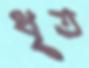
ধৃত